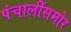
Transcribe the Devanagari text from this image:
पंचालींसमोर